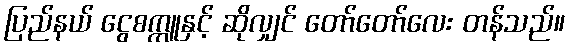
ပြည်နယ် ငွေစက္ကူနှင့် ဆိုလျှင် တော်တော်လေး တန်သည်။